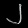
Digit: ၂